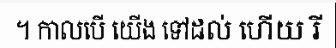
។ កាលបើ យើង ទៅដល់ ហើយ រី